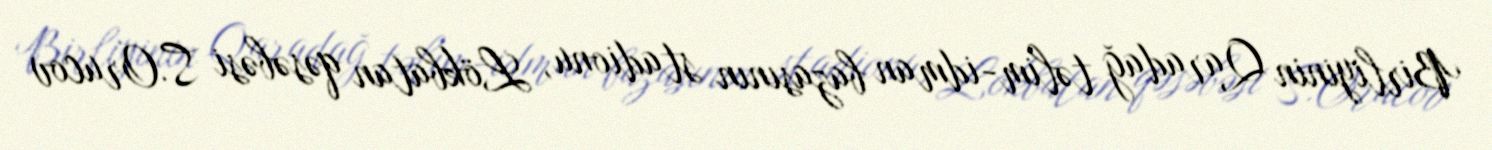
Birliyinin Qaradağ təlim-idman bazasının stadionu, Lökbatan qəsəbəsi S.Orucov